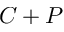
C + P